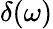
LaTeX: \delta(\omega)